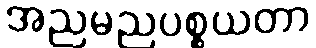
အညမညပစ္စယတာ